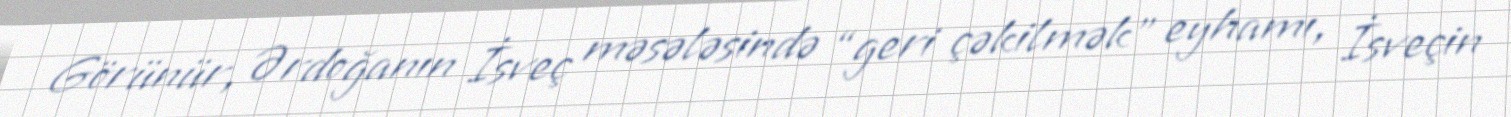
Görünür, Ərdoğanın İsveç məsələsində “geri çəkilmək” eyhamı, İsveçin